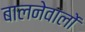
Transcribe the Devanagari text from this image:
बालनेवालों